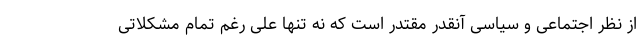
از نظر اجتماعی و سیاسی آنقدر مقتدر است که نه تنها علی رغم تمام مشکلاتی